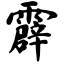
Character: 霹